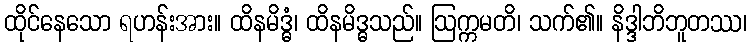
ထိုင်နေသော ရဟန်းအား။ ထိနမိဒ္ဓံ၊ ထိနမိဒ္ဓသည်။ ဩက္ကမတိ၊ သက်၏။ နိဒ္ဒါဘိဘူတဿ၊